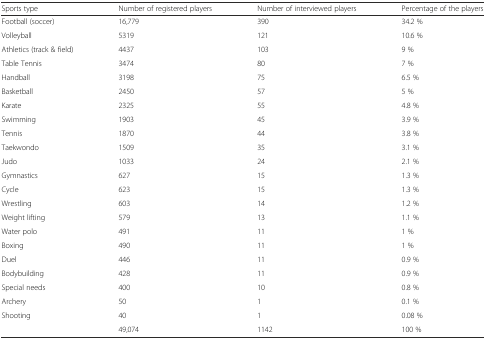
<table><thead><tr><td><b>Sports type</b></td><td><b>Number of registered players</b></td><td><b>Number of interviewed players</b></td><td><b>Percentage of the players</b></td></tr></thead><tbody><tr><td>Football (soccer)</td><td>16,779</td><td>390</td><td>34.2 %</td></tr><tr><td>Volleyball</td><td>5319</td><td>121</td><td>10.6 %</td></tr><tr><td>Athletics (track &amp; field)</td><td>4437</td><td>103</td><td>9 %</td></tr><tr><td>Table Tennis</td><td>3474</td><td>80</td><td>7 %</td></tr><tr><td>Handball</td><td>3198</td><td>75</td><td>6.5 %</td></tr><tr><td>Basketball</td><td>2450</td><td>57</td><td>5 %</td></tr><tr><td>Karate</td><td>2325</td><td>55</td><td>4.8 %</td></tr><tr><td>Swimming</td><td>1903</td><td>45</td><td>3.9 %</td></tr><tr><td>Tennis</td><td>1870</td><td>44</td><td>3.8 %</td></tr><tr><td>Taekwondo</td><td>1509</td><td>35</td><td>3.1 %</td></tr><tr><td>Judo</td><td>1033</td><td>24</td><td>2.1 %</td></tr><tr><td>Gymnastics</td><td>627</td><td>15</td><td>1.3 %</td></tr><tr><td>Cycle</td><td>623</td><td>15</td><td>1.3 %</td></tr><tr><td>Wrestling</td><td>603</td><td>14</td><td>1.2 %</td></tr><tr><td>Weight lifting</td><td>579</td><td>13</td><td>1.1 %</td></tr><tr><td>Water polo</td><td>491</td><td>11</td><td>1 %</td></tr><tr><td>Boxing</td><td>490</td><td>11</td><td>1 %</td></tr><tr><td>Duel</td><td>446</td><td>11</td><td>0.9 %</td></tr><tr><td>Bodybuilding</td><td>428</td><td>11</td><td>0.9 %</td></tr><tr><td>Special needs</td><td>400</td><td>10</td><td>0.8 %</td></tr><tr><td>Archery</td><td>50</td><td>1</td><td>0.1 %</td></tr><tr><td>Shooting</td><td>40</td><td>1</td><td>0.08 %</td></tr><tr><td></td><td>49,074</td><td>1142</td><td>100 %</td></tr></tbody></table>